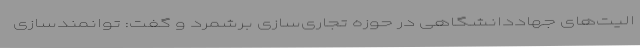
الیت‌های جهاددانشگاهی در حوزه تجاری‌سازی برشمرد و گفت: توانمندسازی